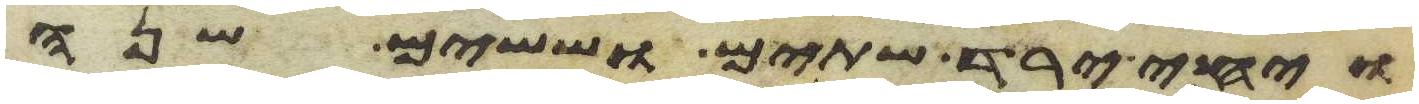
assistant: ויחי ירד שתים וששים שנה